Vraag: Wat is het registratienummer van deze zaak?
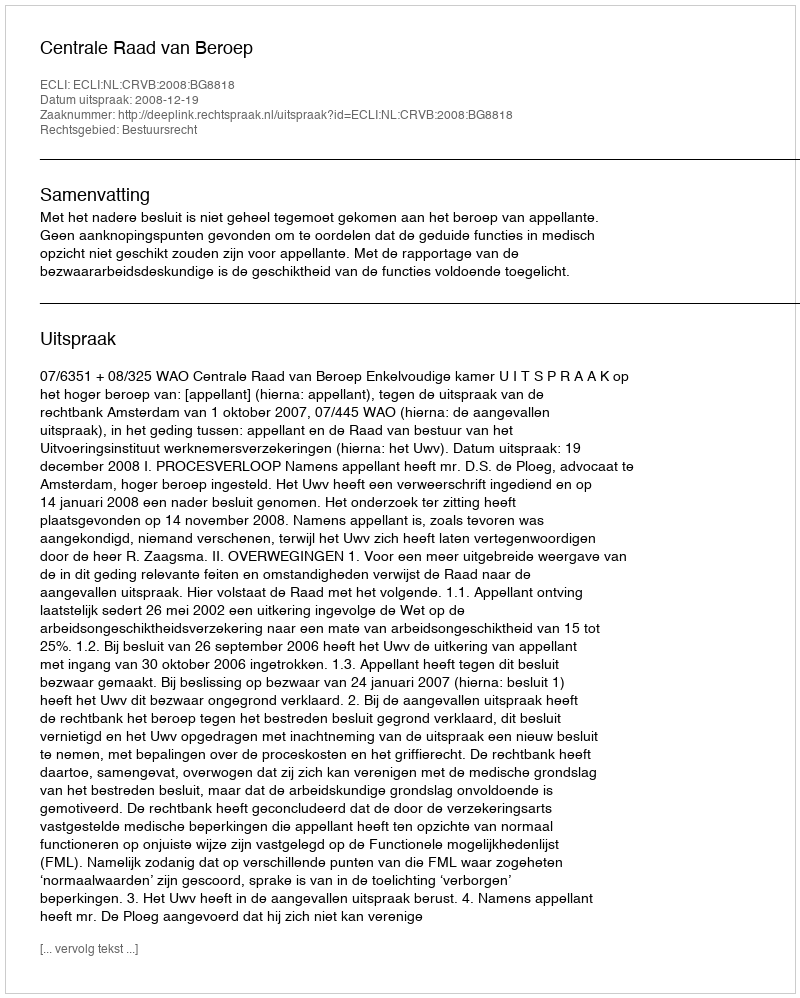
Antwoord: http://deeplink.rechtspraak.nl/uitspraak?id=ECLI:NL:CRVB:2008:BG8818